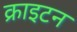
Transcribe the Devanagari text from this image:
क्राइटन